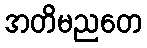
အတိမညတေ